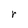
Character: r